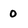
Character: 0